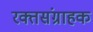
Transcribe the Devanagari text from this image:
रक्तसंग्राहक